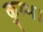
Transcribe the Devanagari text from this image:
कुम्भ।